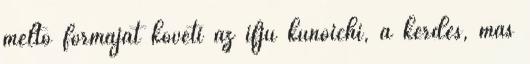
méltó formáját követi az ifjú kunoichi, a kérdés, más